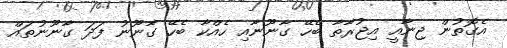
އެގޮތުން ޖިނާއީ އިޖުރާތާ ބެހޭ ގާނޫނާއި ހެއްކާ ބެހޭ ގާނޫނު ފަދަ ގާނޫނުތައް